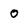
Character: 0